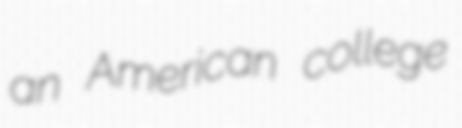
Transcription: an American college